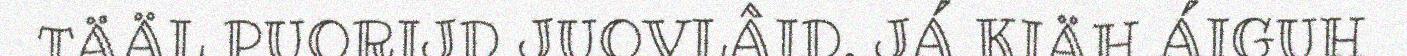
TÄÄL PUORIJD JUOVLÂID. JÁ KIÄH ÁIGUH